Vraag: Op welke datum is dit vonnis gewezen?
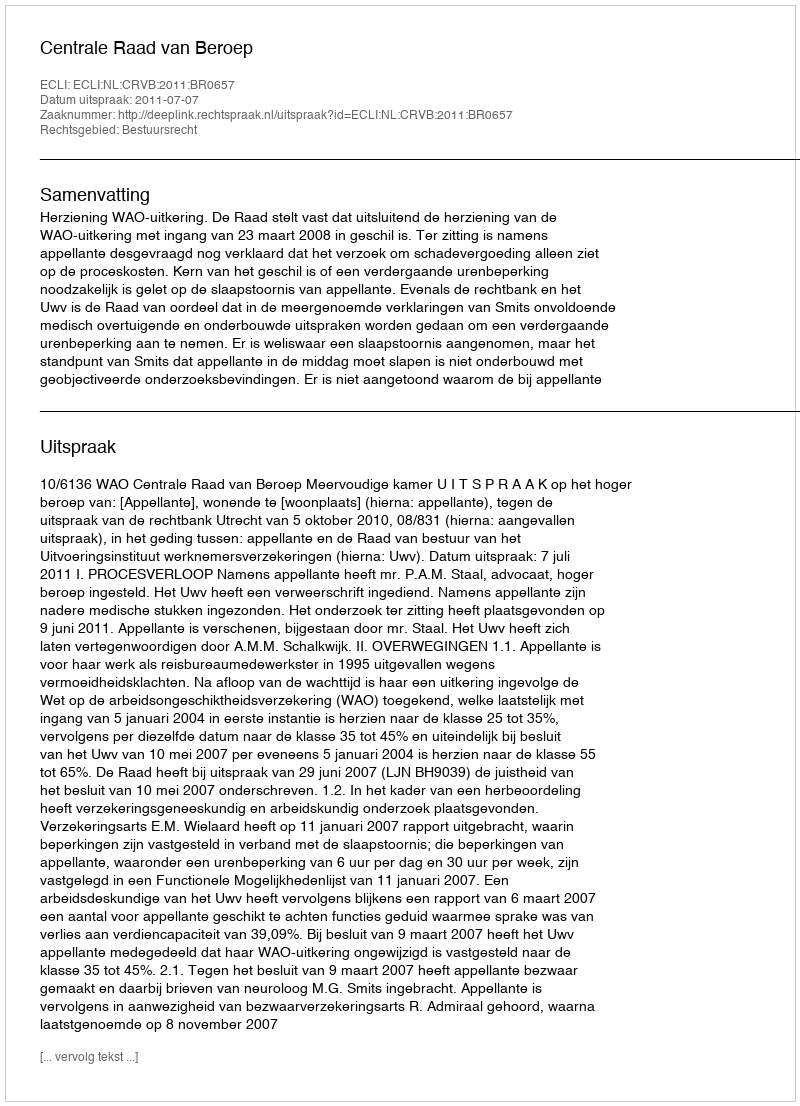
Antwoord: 2011-07-07